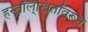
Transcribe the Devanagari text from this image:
हस्तलि्खितांवरून